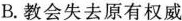
B.教会失去原有权威